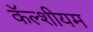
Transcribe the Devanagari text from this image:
कॅल्शीयम